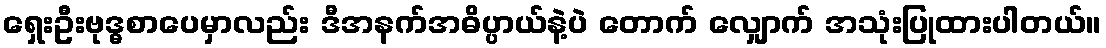
ရှေးဦးဗုဒ္ဓစာပေမှာလည်း ဒီအနက်အဓိပ္ပာယ်နဲ့ပဲ တောက် လျှောက် အသုံးပြုထားပါတယ်။